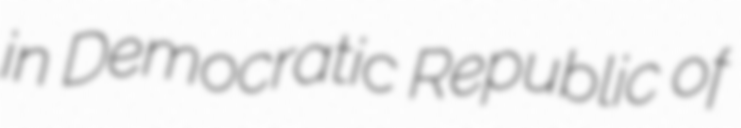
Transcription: in Democratic Republic of